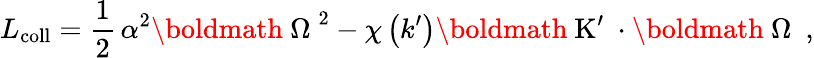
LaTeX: L_{\mathrm{coll}}=\frac{1}{2}\, \alpha^{2}\mathrm{\boldmath~\Omega~}^{2}-\chi\left(k^{\prime}\right)\mathrm{\boldmath~K^{\prime}~}\cdot\mathrm{\boldmath~\Omega~}\ ,